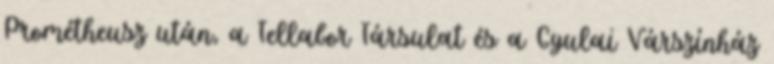
Prométheusz után, a Tellabor Társulat és a Gyulai Várszínház